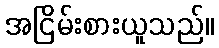
အငြိမ်းစားယူသည်။